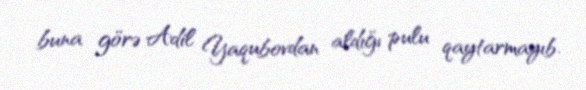
buna görə Adil Yaqubovdan aldığı pulu qaytarmayıb.